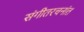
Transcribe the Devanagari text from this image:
संगीतरचनांत